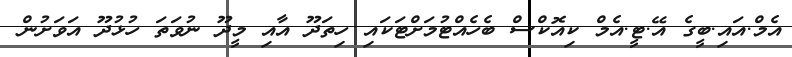
އެމް.އައި.ބީގެ އޭ.ޓީ.އެމް ކިއޮކްސް ބެހެއްޓުމަށްޓަކައި ހިތަދޫ އާއި މީދޫ ނުވަތަ ހުޅުދޫ އަވަށުން